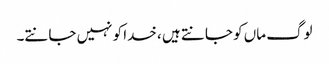
لوگ ماں کو جانتے ہیں ، خدا کو نہیں جانتے۔